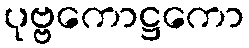
ပုဗ္ဗကောဋ္ဌကော